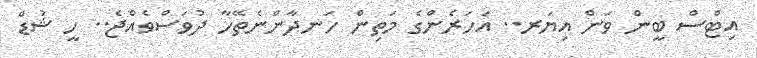
އިޓްސް ބީން ވަން އިޔަރ.. އަހަރެންގެ މަތިން ހަނދާންނެތޭހާ ދުވަސްވެއްޖެ.. ހީ ޝުޑް